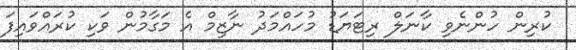
ކުރިން ހުންނެވި ކާނަލް ރިޓަޔަޑު މުހައްމަދު ނާޒިމް އެ މަގާމުން ވަކި ކުރައްވައިފަ